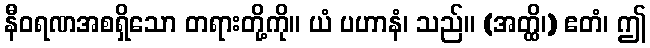
နီဝရဏအစရှိသော တရားတို့ကို။ ယံ ပဟာနံ၊ သည်။ (အတ္ထိ၊) ဧတံ၊ ဤ